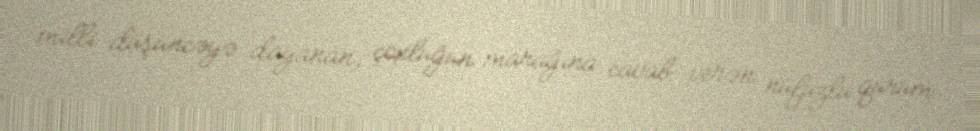
milli düşüncəyə dayanan, çoxluğun marağına cavab verən nüfuzlu qurum